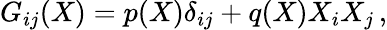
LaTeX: G_{ij}(X)=p(X)\delta_{ij}+q(X)X_{i}X_{j}\, ,